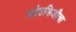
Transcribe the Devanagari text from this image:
खोडकिडीचा